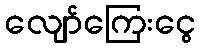
လျော်ကြေးငွေ